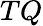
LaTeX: TQ